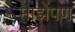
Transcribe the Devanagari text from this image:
माझेंपण